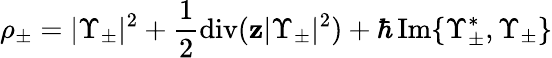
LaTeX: \rho_{\pm}=|\Upsilon_{\pm}|^{2}+\frac 12\operatorname{div}(\mathbf{z}|\Upsilon_{\pm}|^{2})+\hbar\operatorname{Im}\{ \Upsilon_{\pm}^{*},\Upsilon_{\pm}\}